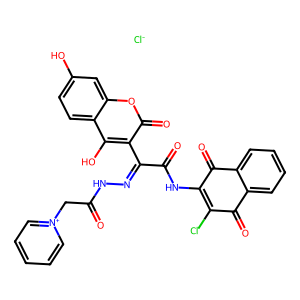
SMILES: O=C(C[n+]1ccccc1)NN=C(C(=O)NC1=C(Cl)C(=O)c2ccccc2C1=O)c1c(O)c2ccc(O)cc2oc1=O.[Cl-]
Inhibits HIV replication: No